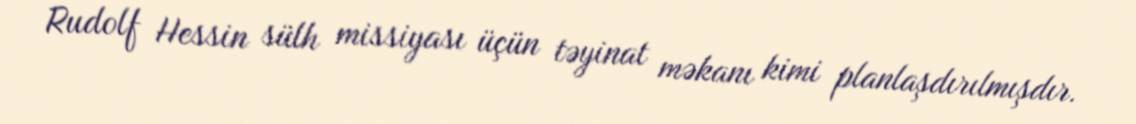
Rudolf Hessin sülh missiyası üçün təyinat məkanı kimi planlaşdırılmışdır.